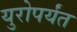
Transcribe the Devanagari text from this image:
युरोपर्यंत